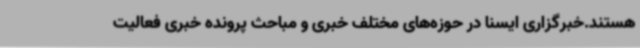
هستند.خبرگزاری ایسنا در حوزه‌های مختلف خبری و مباحث پرونده خبری فعالیت